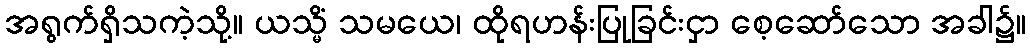
အရွက်ရှိသကဲ့သို့။ ယသ္မိံ သမယေ၊ ထိုရဟန်းပြုခြင်းငှာ စေ့ဆော်သော အခါ၌။